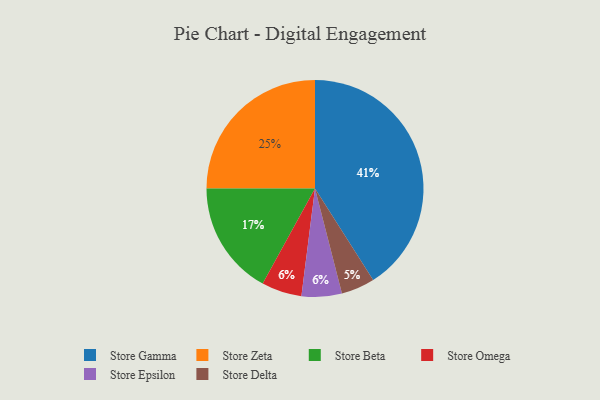
{"axis": {"x": "Category", "y": "Percentage"}, "legend": ["Store Beta", "Store Delta", "Store Epsilon", "Store Gamma", "Store Omega", "Store Zeta"], "data": [{"x": "Store Omega", "y": 6, "type": "Store Omega"}, {"x": "Store Zeta", "y": 25, "type": "Store Zeta"}, {"x": "Store Epsilon", "y": 6, "type": "Store Epsilon"}, {"x": "Store Delta", "y": 5, "type": "Store Delta"}, {"x": "Store Beta", "y": 17, "type": "Store Beta"}, {"x": "Store Gamma", "y": 41, "type": "Store Gamma"}]}